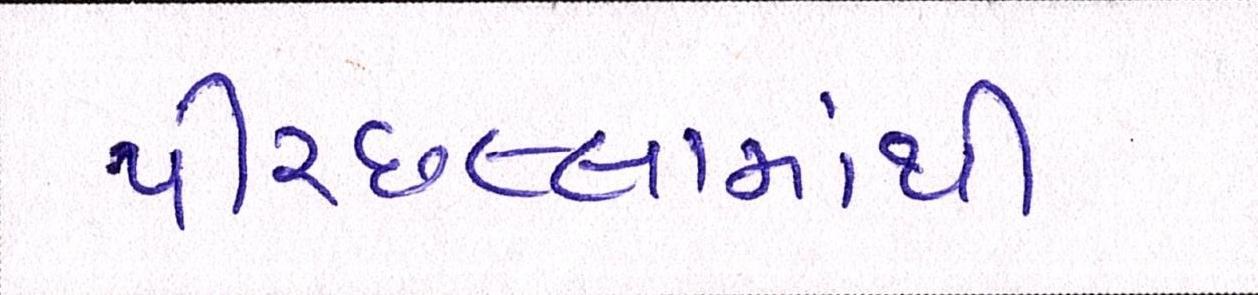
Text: પીરછલ્લામાંથી